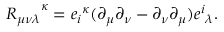
{ R _ { \mu \nu \lambda } } ^ { \kappa } = { e _ { i } } ^ { \kappa } ( \partial _ { \mu } \partial _ { \nu } - \partial _ { \nu } \partial _ { \mu } ) { e ^ { i } } _ { \lambda } .